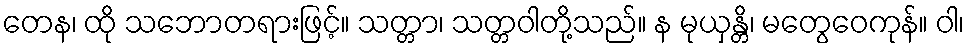
တေန၊ ထို သဘောတရားဖြင့်။ သတ္တာ၊ သတ္တဝါတို့သည်။ န မုယှန္တိ၊ မတွေဝေကုန်။ ဝါ၊